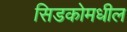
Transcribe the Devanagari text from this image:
सिडकोमधील